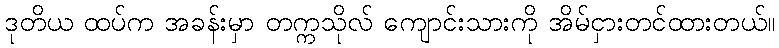
ဒုတိယ ထပ်က အခန်းမှာ တက္ကသိုလ် ကျောင်းသားကို အိမ်ငှားတင်ထားတယ်။